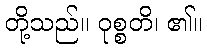
တို့သည်။ ဝုစ္စတိ၊ ၏။